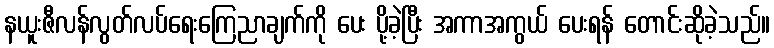
နယူးဇီလန်လွတ်လပ်ရေးကြေညာချက်ကို ပေး ပို့ခဲ့ပြီး အကာအကွယ် ပေးရန် တောင်းဆိုခဲ့သည်။